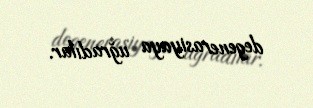
degenerasiyaya uğradılar.